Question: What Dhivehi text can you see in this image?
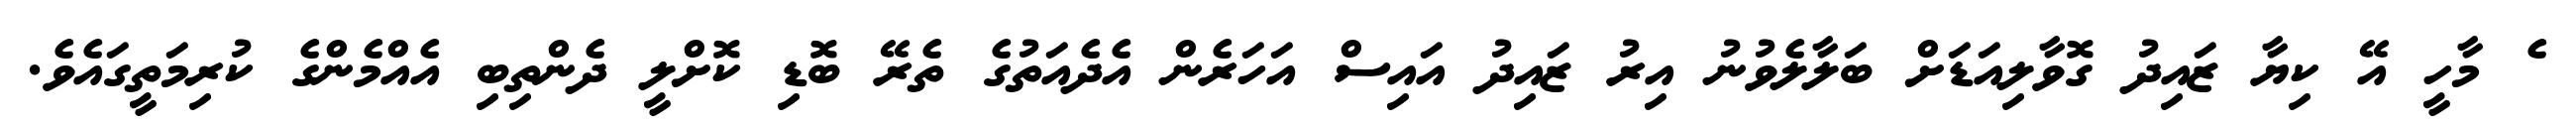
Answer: ެ މާހީ އޭ ކިޔާ ޒައިދު ގޮވާލިއަޑަށް ބަލާލެވުނު އިރު ޒައިދު އައިސް އަހަރެން އެދެއަތުގެ ތެރޭ ބޮޑި ކޮށްލީ ދެންތިބި އެއްމެންގެ ކުރިމަތީގައެވެ.